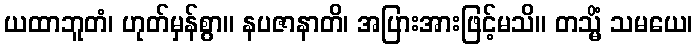
ယထာဘူတံ၊ ဟုတ်မှန်စွာ။ နပဇာနာတိ၊ အပြားအားဖြင့်မသိ။ တသ္မိံ သမယေ၊